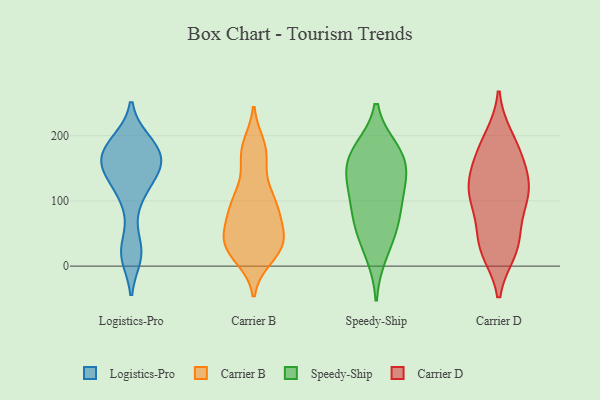
{"axis": {"x": "Latency (ms)", "y": "Value"}, "legend": ["Carrier B", "Carrier D", "Logistics-Pro", "Speedy-Ship"], "data": [{"x": "", "y": 156, "type": "Logistics-Pro"}, {"x": "", "y": 16, "type": "Logistics-Pro"}, {"x": "", "y": 119, "type": "Logistics-Pro"}, {"x": "", "y": 176, "type": "Logistics-Pro"}, {"x": "", "y": 95, "type": "Logistics-Pro"}, {"x": "", "y": 174, "type": "Logistics-Pro"}, {"x": "", "y": 19, "type": "Logistics-Pro"}, {"x": "", "y": 191, "type": "Logistics-Pro"}, {"x": "", "y": 183, "type": "Logistics-Pro"}, {"x": "", "y": 21, "type": "Logistics-Pro"}, {"x": "", "y": 151, "type": "Logistics-Pro"}, {"x": "", "y": 142, "type": "Logistics-Pro"}, {"x": "", "y": 115, "type": "Logistics-Pro"}, {"x": "", "y": 155, "type": "Logistics-Pro"}, {"x": "", "y": 146, "type": "Logistics-Pro"}, {"x": "", "y": 157, "type": "Logistics-Pro"}, {"x": "", "y": 158, "type": "Logistics-Pro"}, {"x": "", "y": 189, "type": "Logistics-Pro"}, {"x": "", "y": 27, "type": "Logistics-Pro"}, {"x": "", "y": 188, "type": "Logistics-Pro"}, {"x": "", "y": 39, "type": "Carrier B"}, {"x": "", "y": 144, "type": "Carrier B"}, {"x": "", "y": 25, "type": "Carrier B"}, {"x": "", "y": 65, "type": "Carrier B"}, {"x": "", "y": 177, "type": "Carrier B"}, {"x": "", "y": 32, "type": "Carrier B"}, {"x": "", "y": 105, "type": "Carrier B"}, {"x": "", "y": 16, "type": "Carrier B"}, {"x": "", "y": 46, "type": "Carrier B"}, {"x": "", "y": 12, "type": "Carrier B"}, {"x": "", "y": 95, "type": "Carrier B"}, {"x": "", "y": 186, "type": "Carrier B"}, {"x": "", "y": 40, "type": "Carrier B"}, {"x": "", "y": 174, "type": "Carrier B"}, {"x": "", "y": 49, "type": "Carrier B"}, {"x": "", "y": 93, "type": "Carrier B"}, {"x": "", "y": 102, "type": "Carrier B"}, {"x": "", "y": 82, "type": "Carrier B"}, {"x": "", "y": 157, "type": "Speedy-Ship"}, {"x": "", "y": 18, "type": "Speedy-Ship"}, {"x": "", "y": 130, "type": "Speedy-Ship"}, {"x": "", "y": 58, "type": "Speedy-Ship"}, {"x": "", "y": 163, "type": "Speedy-Ship"}, {"x": "", "y": 178, "type": "Speedy-Ship"}, {"x": "", "y": 82, "type": "Speedy-Ship"}, {"x": "", "y": 126, "type": "Speedy-Ship"}, {"x": "", "y": 176, "type": "Speedy-Ship"}, {"x": "", "y": 106, "type": "Speedy-Ship"}, {"x": "", "y": 60, "type": "Speedy-Ship"}, {"x": "", "y": 95, "type": "Carrier D"}, {"x": "", "y": 195, "type": "Carrier D"}, {"x": "", "y": 117, "type": "Carrier D"}, {"x": "", "y": 25, "type": "Carrier D"}, {"x": "", "y": 31, "type": "Carrier D"}, {"x": "", "y": 31, "type": "Carrier D"}, {"x": "", "y": 41, "type": "Carrier D"}, {"x": "", "y": 99, "type": "Carrier D"}, {"x": "", "y": 118, "type": "Carrier D"}, {"x": "", "y": 108, "type": "Carrier D"}, {"x": "", "y": 140, "type": "Carrier D"}, {"x": "", "y": 183, "type": "Carrier D"}, {"x": "", "y": 147, "type": "Carrier D"}, {"x": "", "y": 175, "type": "Carrier D"}]}